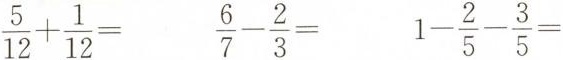
$$\frac{5}{12}+ \frac{1}{12}=$$ $$\frac{6}{7}- \frac{2}{3}=$$ $$1- \frac{2}{5}- \frac{3}{5}=$$